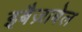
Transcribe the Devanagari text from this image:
इबैज़ाबेल